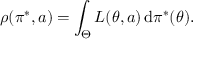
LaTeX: \rho ( \pi ^ { * } , a ) = \int _ { \Theta } L ( \theta , a ) \, \mathrm { d } \pi ^ { * } ( \theta ) .